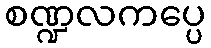
စဏ္ဍလကပ္ပေ